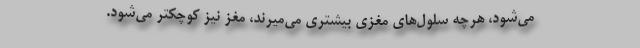
می‌شود، هرچه سلول‌های مغزی بیشتری می‌میرند، مغز نیز کوچکتر می‌شود.